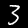
Digit: 3